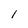
Character: 1